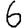
Digit: 6